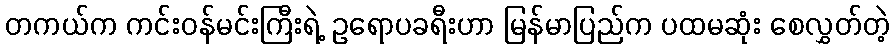
တကယ်က ကင်းဝန်မင်းကြီးရဲ့ ဥရောပခရီးဟာ မြန်မာပြည်က ပထမဆုံး စေလွှတ်တဲ့